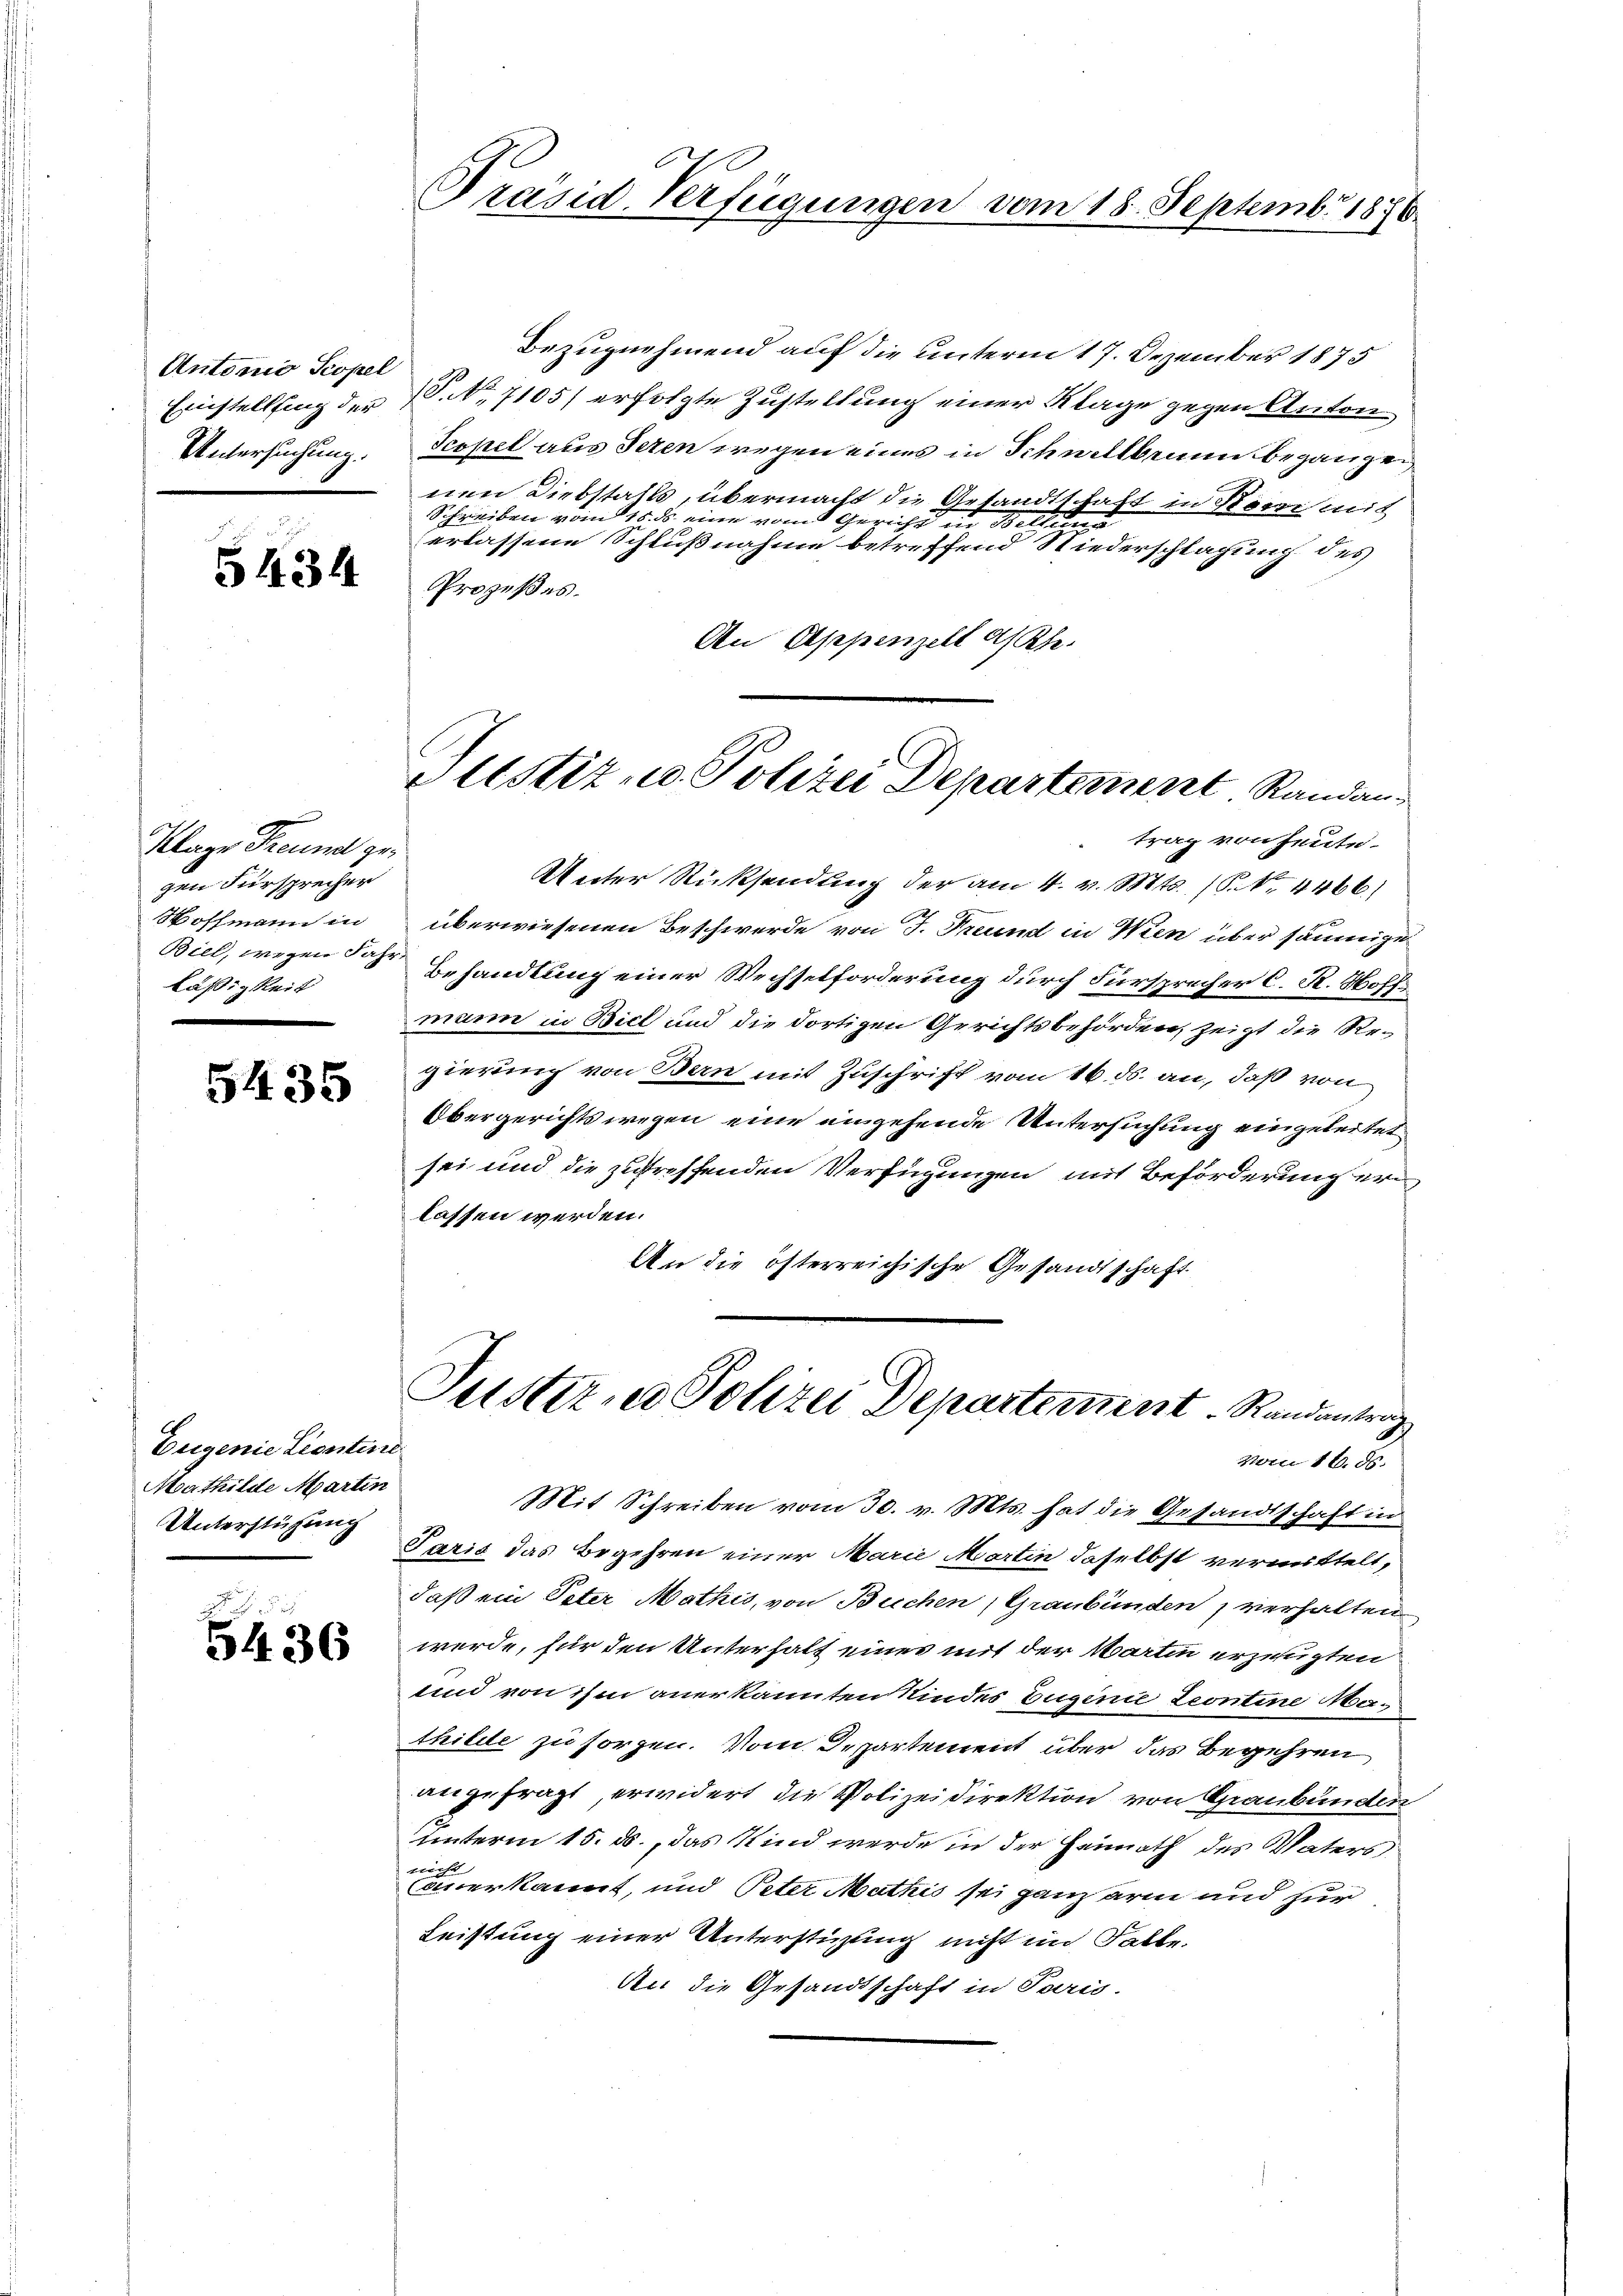
Antonio Scopel
Einstellung der
Untersuchung.

5434

Klage Freund zu
gen Fürsprecher
Woffmann in
Biel, wegen Fahr-
läßigkeit

5435

Eugenie Liontine
Mathilde Marten
Unterstühung

5436

Präsid. Verfügungen vom 18. Septembr 1876

Bezugnehmend auf die unterm 17. Dezember 1875
P. No. 7105) erfolgte Zustellung einer Klage gegen Anton
Serpel aus Seren wegen eines in Schwellbein begangen
nen Diebstalls, übermacht die Gesandtschaft in Kommit
Schreiben vom 15. ds. eine vom Gericht in Belling
erlassene Schlußnahme betreffend Niederschlagung des
Prozeßes.
An Appenzell a/Rh.
trag von heute.
Unter Rücksendung der am 4. v. Mts. (P. Nr. 4466)
überwiesenen Beschwerde von J. Freund in Wien über säumige
Behandlung einer Wechselforderung durch Fürsprecher C. R. Hoff
mann in Biel und die dortigen Gerichtsbehörden, zeigt die Re-
gierung von Bern mit Zuschrift vom 16. ds. an, daß von
Obergerichts wegen eine eingehende Untersuchung eingeleitet
sei und die zutreffenden Verfügungen mit Beförderung erlassen werden.
An die österreichische Gesandtschaft
Sustern Polizei Departement. Randantrag
vom 16. ds.
Mit Schreiben vom 30. v. Mts. hat die Gesandtschaft in
Paris das Begehren einer Marie Martin daselbst vermittelt,
daß ein Peter Mathis, von Buchen, Graubünden, verhalten
werde, für den Unterhalt eines mit der Martin erzeugten
und von ihm anerkannten Kindes Eugenie Leontine Mathilde zu sorgen. Vom Departement über das Begehren
angefragt, erwidert, die Polizeidirektion von Graubünden
unterm 15. ds., das Kind werde in der Heimath des Vaters
verehe
(anerkannt, und Peter Mathis sei ganz arm und zur
Leistung einer Unterstützung nicht im Falle.
An die Gesandtschaft in Paris.

Justiz- u. Polizei Departement Randan-